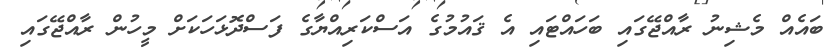
ބައެއް މެޝިނު ރާއްޖޭގައި ބަހައްޓައި އެ ޤައުމުގެ އަސްކަރިއްޔާގެ ފަސްދޮޅަހަކަށް މީހުން ރާއްޖޭގައި